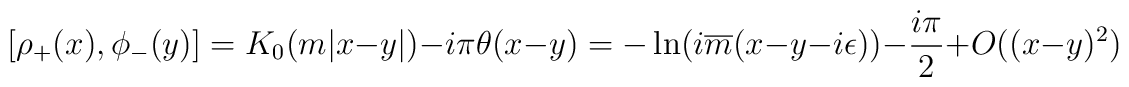
[\rho_{+}(x), \phi_{-}(y)] = K_{0}(m | x-y | ) - i \pi \theta (x-y)= -\ln (i \overline{m} (x-y-i\epsilon)) - \frac{i\pi}{2}+ O ((x-y)^{2}) \,